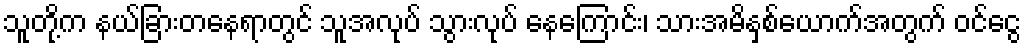
သူတို့က နယ်ခြားတနေရာတွင် သူအလုပ် သွားလုပ် နေကြောင်း၊ သားအမိနှစ်ယောက်အတွက် ဝင်ငွေ